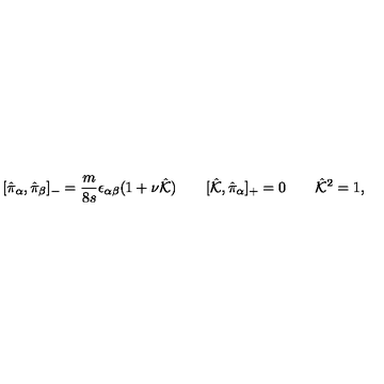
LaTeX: [ \hat { \pi } _ { \alpha } , \hat { \pi } _ { \beta } ] _ { - } = \frac { m } { 8 s } \epsilon _ { \alpha \beta } ( 1 + \nu \hat { \cal K } ) \qquad [ \hat { \cal K } , \hat { \pi } _ { \alpha } ] _ { + } = 0 \qquad \hat { \cal K } ^ { 2 } = 1 ,